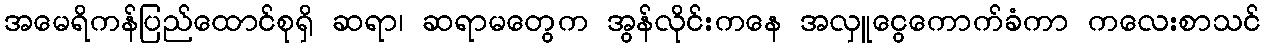
အမေရိကန်ပြည်ထောင်စုရှိ ဆရာ၊ ဆရာမတွေက အွန်လိုင်းကနေ အလှူငွေကောက်ခံကာ ကလေးစာသင်